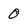
Character: 0